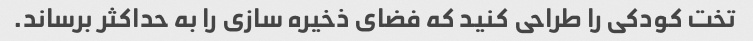
تخت کودکی را طراحی کنید که فضای ذخیره سازی را به حداکثر برساند.